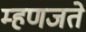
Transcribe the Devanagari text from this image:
म्हणजते